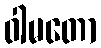
ဝါမတော